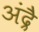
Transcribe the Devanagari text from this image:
अंद्रै